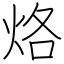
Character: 烙